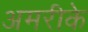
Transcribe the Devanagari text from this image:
अमरीके